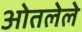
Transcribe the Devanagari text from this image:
ओतलेले